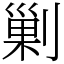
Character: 剿